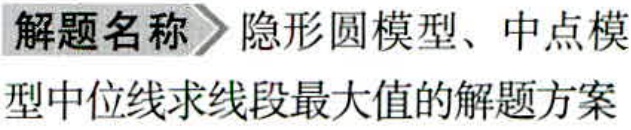
解题名称 \(\rhd\) 隐形圆模型、中点模

型中位线求线段最大值的解题方案